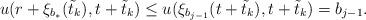
LaTeX: \begin{align*}u(r+\xi_{b_*}(\tilde t_k), t+\tilde t_k)\leq u(\xi_{b_{j-1}}(t+\tilde t_k), t+\tilde t_k)=b_{j-1}.\end{align*}